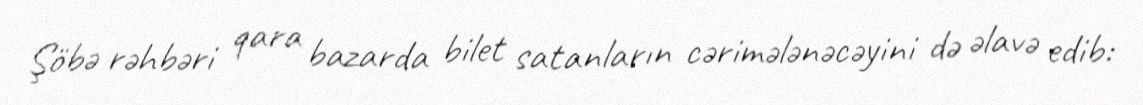
Şöbə rəhbəri qara bazarda bilet satanların cərimələnəcəyini də əlavə edib: